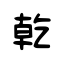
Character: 乾